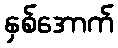
နှစ်အောက်